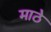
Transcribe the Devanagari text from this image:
माठे